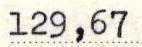
129,67